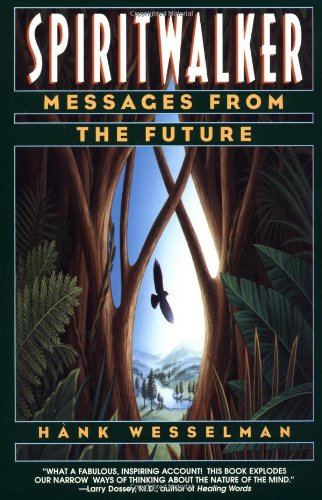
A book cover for Spiritwalker: Messages from the Future; Hank Wesselman; Religion & Spirituality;